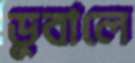
ডুবালে